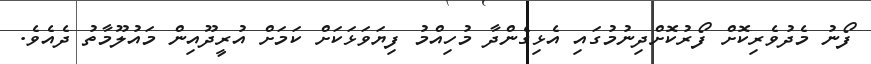
ފޯނު މެދުވެރިކޮށް ފޯރުކޮށްދިނުމުގައި އެޅިގެންދާ މުހިއްމު ފިޔަވަޅަކަށް ކަމަށް އުރީދޫއިން މައުލޫމާތު ދެއެވެ.